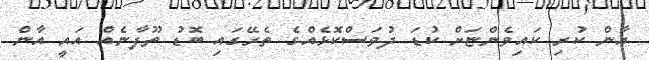
އާން ކުރި ކައިވެންޏަށް ކުޑަ ދުވަސްކޮޅެއްގެ ތެރޭގައި ބޮޑު ތޫފާނެއް އައީ އާން